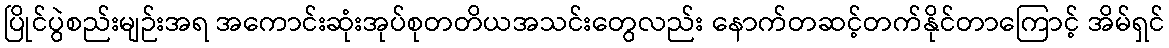
ပြိုင်ပွဲစည်းမျဉ်းအရ အကောင်းဆုံးအုပ်စုတတိယအသင်းတွေလည်း နောက်တဆင့်တက်နိုင်တာကြောင့် အိမ်ရှင်